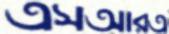
এসআরএ